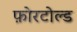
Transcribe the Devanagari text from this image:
फ़ोरटोल्ड